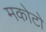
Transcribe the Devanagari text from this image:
मकोटो